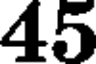
45